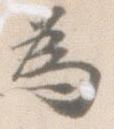
為